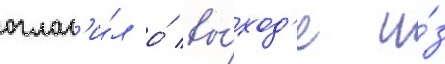
оглас'и́л о́ вы́ход'е и́з